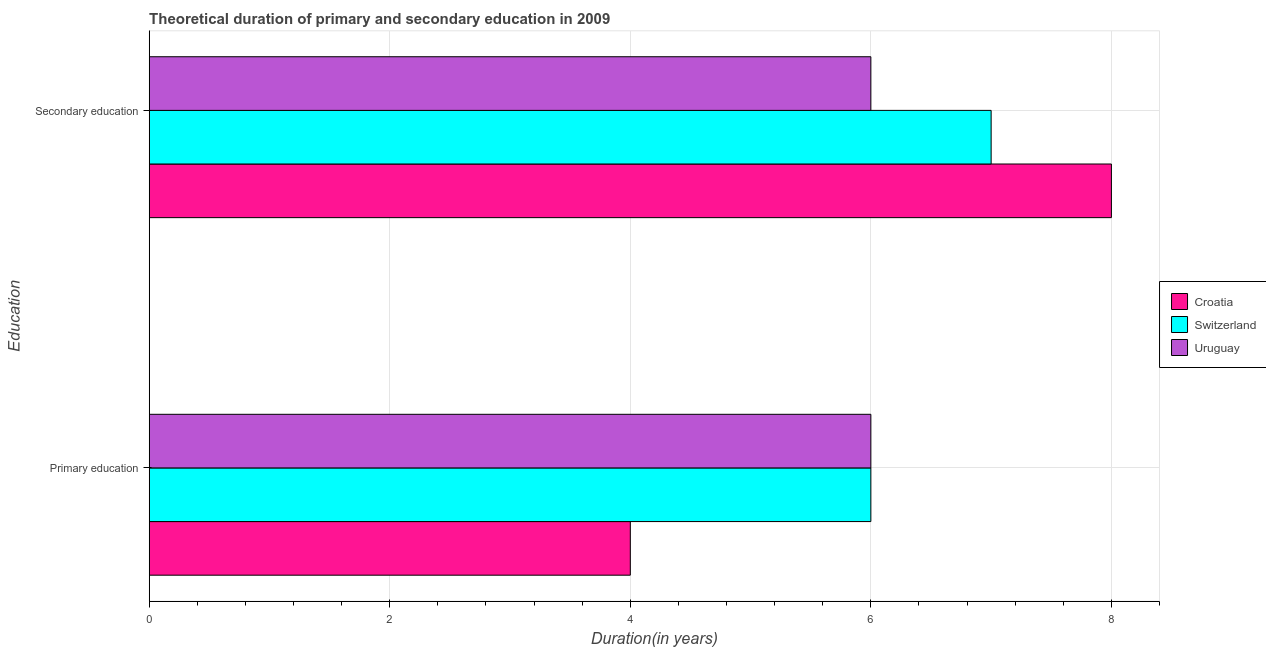
| Education | Croatia | Switzerland | Uruguay |
 | --- | --- | --- | --- |
 | Primary education | 4 | 6 | 6 |
 | Secondary education | 8 | 7 | 6 |